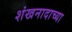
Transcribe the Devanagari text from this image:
शंखनादाच्या